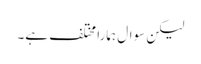
لیکن سوال ہمارا مختلف ہے۔